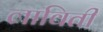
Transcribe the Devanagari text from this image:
लाविती